Vaccination Hyderabad 1890-1903 - 1890-1903
Year: 1890
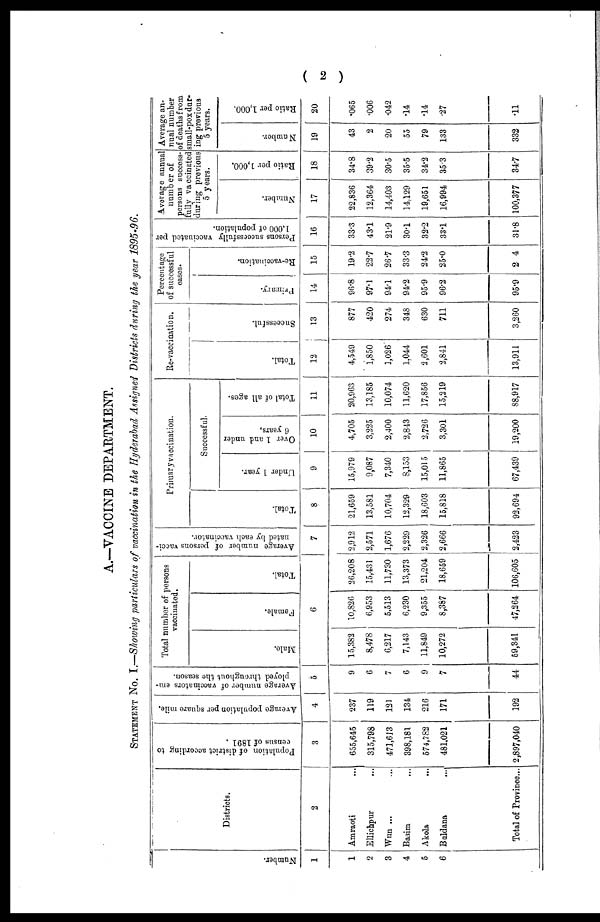
( 2 )
A.—VACCINE DEPARTMENT.
STATEMENT No. I.—Showing particulars of vaccination in the Hyderabad Assigned Districts during the year 1895-96.
Number.
1
1
2
3
4
5
6
Districts.
2
Amraoti ...
Ellichpur ...
Wun ... ...
Basim ...
Akola
...
Buldana ...
Total of Province...
Population of district according to
census of 1891 .
3
655,645
315,798
471,613
398,181
574,782
481,021
2,897,040
Average population per square mile.
4
237
119
121
134
216
171
192
Average number of vaccinators em-
ployed throughout the season.
5
9
6
7
6
9
7
44
Total number of persons
vaccinated.
Male.
Female.
Total.
6
15,382
8,478
6,217
7,143
11,849
10,272
59,341
10,826
6,953
5,513
6,230
9,355
8,387
47,264
26,208
15,431
11,730
13,373
21,204
18,659
106,605
Average number of persons vacci-
nated by each vaccinator.
7
2,912
2,571
1,676
2,229
2,326
2,666
2,423
Primary vaccination.
Total.
8
21,659
13,581
10,704
12,329
18,603
15,818
92,694
Successful.
Under 1 year.
9
15,979
9,087
7,340
8,153
15,015
11,865
67,439
Over 1 and under
6 years.
10
4,705
3,225
2,400
2,843
2,726
3,301
19,200
Total of all ages.
11
20,963
13,185
10,074
11,620
17,856
15,219
88,917
Re-vaccination.
Total.
12
4,549
1,850
1,026
1,044
2,601
2,841
13,911
Successful.
13
877
420
274
348
630
711
3,260
Percentage
of successful
cases.
Primary.
14
96.8
97.1
94.1
94.2
95.9
96.2
95.9
Re-vaccination.
15
19.2
22.7
26.7
33.3
24.2
25.0
2.4
Persons successfully vaccinated per
1,000 of population.
16
33.3
43.1
21.9
30.1
32.2
33.1
31.8
Average annual
number of
persons success-
fully vaccinated
during previous
5 years.
Number.
17
22,836
12,364
14,403
14,129
19,651
16,994
100,377
Ratio per 1,000.
18
34.8
39.2
30.5
35.5
34.2
35.3
34.7
Average an-
nual number
of deaths from
small-pox dur-
ing previous
5 years.
Number.
19
43
2
20
55
79
133
332
Ratio per 1,000.
20
.065
.006
.042
.14
.14
.27
.11